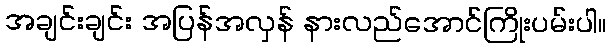
အချင်းချင်း အပြန်အလှန် နားလည်အောင်ကြိုးပမ်းပါ။